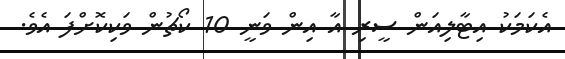
އެކަމަކު އިޓާލިއަން ސީރި އާ އިން ވަނީ 10 ކޯޗުން ވަކިކޮށްފަ އެވެ.